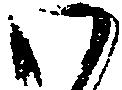
わ